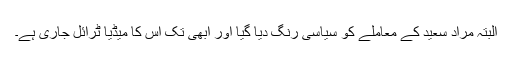
البتہ مراد سعید کے معاملے کو سیاسی رنگ دیا گیا اور ابھی تک اس کا میڈیا ٹرائل جاری ہے۔